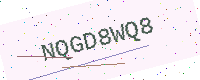
Text: NQGD8WQ8